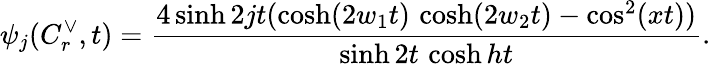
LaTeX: \psi_{j}(C_{r}^{\vee},t)=\frac{4\sinh 2jt(\cosh(2w_{1}t)\, \cosh(2w_{2}t)-\cos^{2}(xt))}{\sinh 2t\, \cosh ht}.